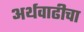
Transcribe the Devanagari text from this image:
अर्थवाढीचा